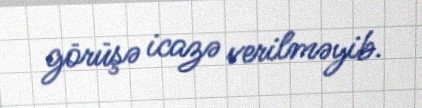
görüşə icazə verilməyib.